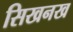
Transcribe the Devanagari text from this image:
सिखनख